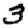
Digit: 3